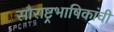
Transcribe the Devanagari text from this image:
सौराष्ट्रभाषिकांची